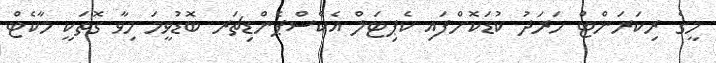
މީގެ ރިކަރަންޓް ހަަރަދު ކުޑަކޮށްފައި ކެޕިޓަލް އެކްސްޕެންޑިޗަރ ބޮޑުވީމަ މިވާ ގޮތަކީ މާކެޓް